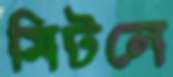
মিটলে